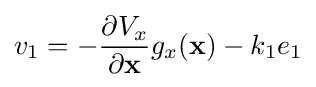
v_{1}=-{\frac {\partial V_{x}}{\partial \mathbf {x} }}g_{x}(\mathbf {x} )-k_{1}e_{1}